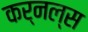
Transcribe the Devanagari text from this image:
कर्नल्स